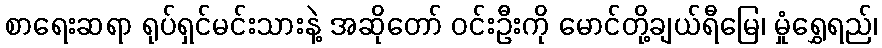
စာရေးဆရာ ရုပ်ရှင်မင်းသားနဲ့ အဆိုတော် ဝင်းဦးကို မောင်တို့ချယ်ရီမြေ၊ မှုံရွှေရည်၊